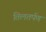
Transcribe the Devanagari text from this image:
तिलतर्पण